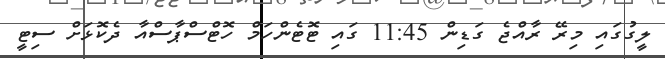
ލީގުގައި މިރޭ ރާއްޖެ ގަޑިން 11:45 ގައި ޓޮޓެންހަމް ހޮޓްސްޕާސްއާ ދެކޮޅަށް ސިޓީ